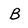
Character: B